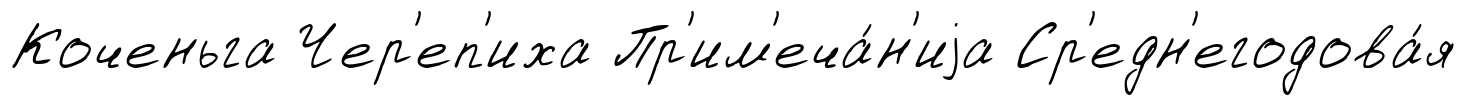
Коченьга Чер'еп'иха Пр'им'еча́н'иjа Ср'едн'егодова́я